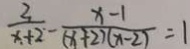
\frac { 3 } { x + 2 } - \frac { x - 1 } { ( x + 2 ) ( x - 2 ) } = 1